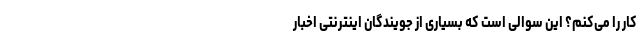
کار را می‌کنم؟ این سوالی است که بسیاری از جویندگان اینترنتی اخبار